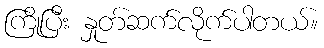
ကြိုပြီး နှုတ်ဆက်လိုက်ပါတယ်။